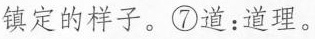
镇定的样子。⑦道：道理。